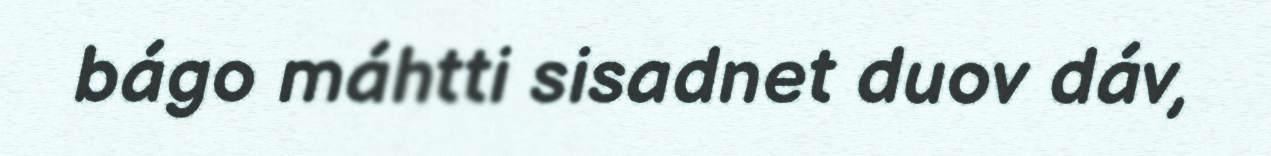
bágo máhtti sisadnet duov dáv,